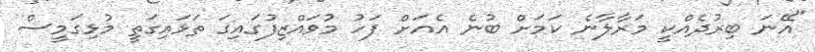
"އޭނަ ބިރުދެއްކީ މަރާލާނެ ކަމަށް ބުނެ އެއަށް ފަހު މުވައްޒިފުގައިގަ ތަޅައިގަތީ މުޅިގަމީސް